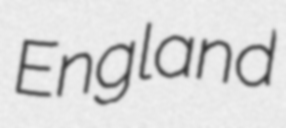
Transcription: England